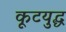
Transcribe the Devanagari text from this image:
कूटयुद्ध